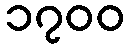
၁၇၀၀